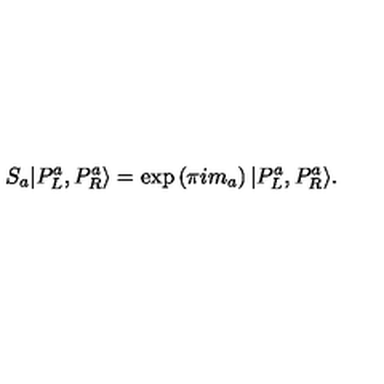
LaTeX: S _ { a } | P _ { L } ^ { a } , P _ { R } ^ { a } \rangle = \exp \left( \pi i m _ { a } \right) | P _ { L } ^ { a } , P _ { R } ^ { a } \rangle .